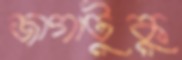
জাগাটুকু